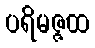
ပရိမဇ္ဇထ